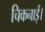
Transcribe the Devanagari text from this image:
चिकनाई।